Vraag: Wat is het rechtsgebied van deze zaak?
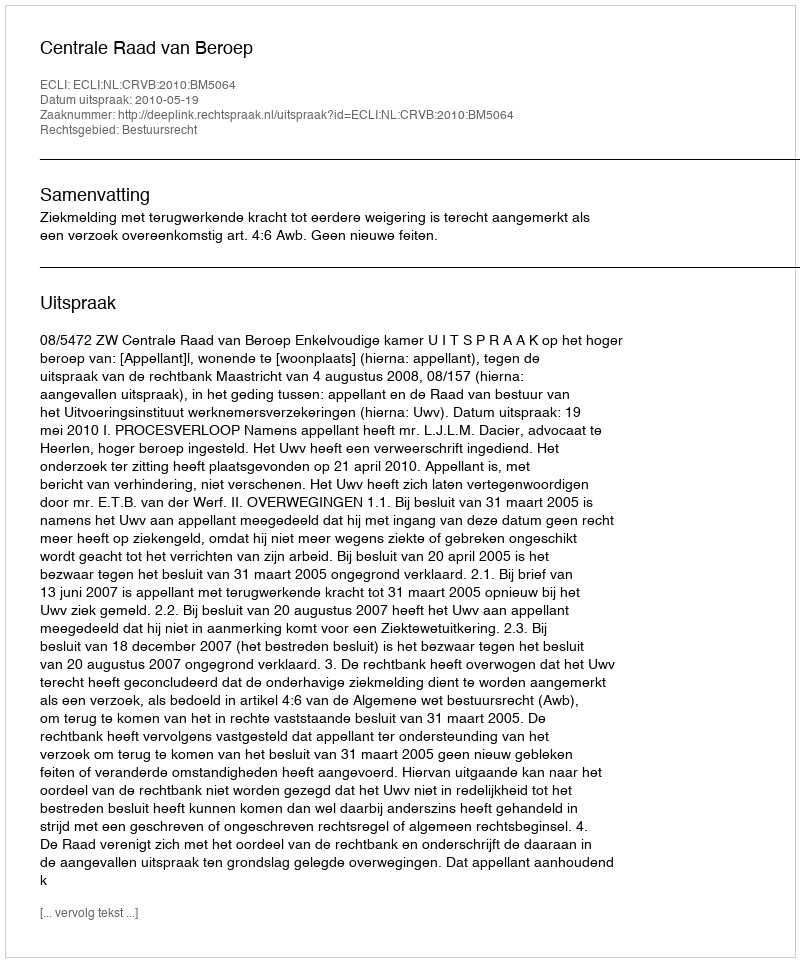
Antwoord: Bestuursrecht